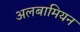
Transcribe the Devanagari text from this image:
अलबामियन